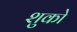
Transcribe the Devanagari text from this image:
शुको